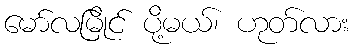
မော်လမြိုင် ပို့မယ်၊ ဟုတ်လား